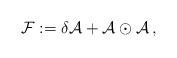
\begin{align*}{\cal F} := \delta {\cal A} + {\cal A}\odot {\cal A} \, ,\end{align*}